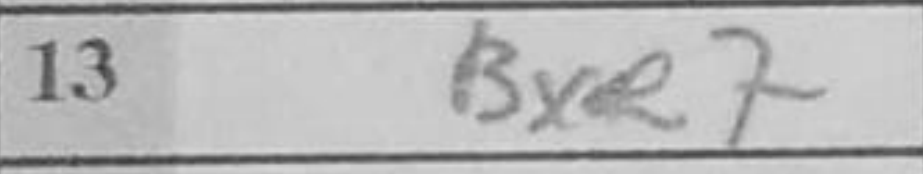
Transcription: Bxe7